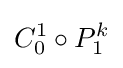
C_{0}^{1}\circ P_{1}^{k}